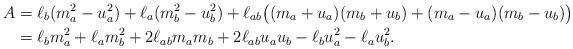
LaTeX: \begin{align*}A & = \ell_{b}(m_{a}^2-u_{a}^2) + \ell_{a}(m_{b}^2-u_{b}^2) + \ell_{ab}\big((m_{a}+u_{a})(m_{b}+u_{b}) + (m_{a}-u_{a})(m_{b}-u_{b})\big)\\&= \ell_{b}m_{a}^2+\ell_{a}m_{b}^2+2 \ell_{ab} m_{a}m_{b} + 2 \ell_{ab} u_{a}u_{b} - \ell_{b}u_{a}^2-\ell_{a}u_{b}^2.\end{align*}